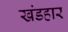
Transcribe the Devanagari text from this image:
खंडहार